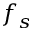
f _ { s }